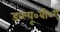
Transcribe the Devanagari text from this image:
डब्ल्यू०बी०ए